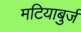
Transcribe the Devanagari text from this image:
मटियाबुर्ज